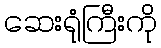
ဆေးရုံကြီးကို